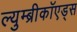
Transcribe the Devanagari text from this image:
ल्युम्ब्रीकॉएड्स